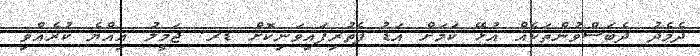
ދެމެދު ދެބަސްވުންތަކެއް އުޅޭ ކަމަށް އަޑު ފެތުރިފައިވަނިކޮށް ޑރ. ޖަމީލު އިއްޔެ ކުރެއްވި